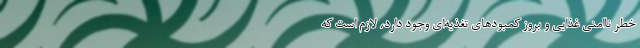
خطر ناامنی غذایی و بروز کمبودهای تغذیه‌ای وجود دارد، لازم است که